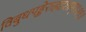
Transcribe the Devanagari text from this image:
विबुधपङ्केरुहदृशाम्॥१९॥